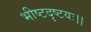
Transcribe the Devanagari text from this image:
भीष्टदृष्टयः।।